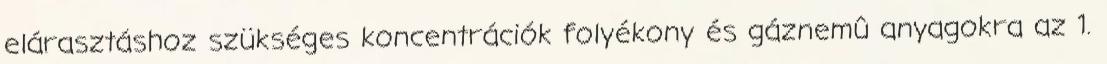
elárasztáshoz szükséges koncentrációk folyékony és gáznemû anyagokra az 1.